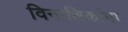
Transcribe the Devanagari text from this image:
विनाशिकांना